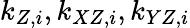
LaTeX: k_{Z,i},k_{XZ,i},k_{YZ,i}